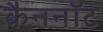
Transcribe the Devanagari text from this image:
कैननॉट